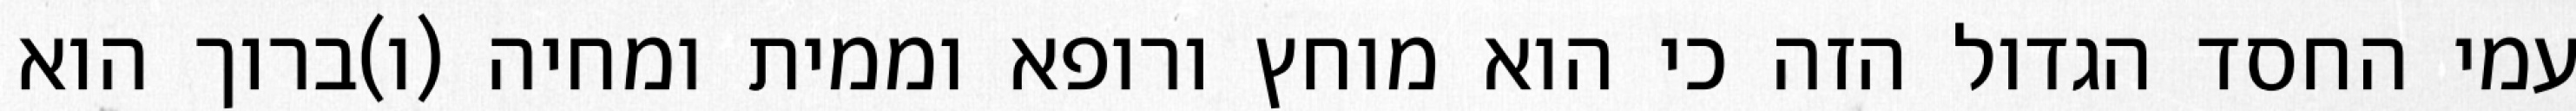
עמי החסד הגדול הזה כי הוא מוחץ ורופא וממית ומחיה (ו)ברוך הוא